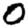
Digit: 0